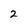
Character: 2